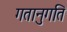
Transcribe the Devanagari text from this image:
गतानुगति